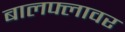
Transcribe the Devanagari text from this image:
बालफ्लावर